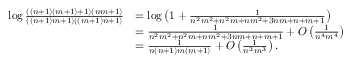
\begin{array} { r l } { \log \frac { ( ( n + 1 ) ( m + 1 ) + 1 ) ( n m + 1 ) } { ( ( n + 1 ) m + 1 ) ( ( m + 1 ) n + 1 ) } } & { = \log \left( 1 + \frac { 1 } { n ^ { 2 } m ^ { 2 } + n ^ { 2 } m + n m ^ { 2 } + 3 n m + n + m + 1 } \right) } \\ & { = \frac { 1 } { n ^ { 2 } m ^ { 2 } + n ^ { 2 } m + n m ^ { 2 } + 3 n m + n + m + 1 } + O \left( \frac { 1 } { n ^ { 4 } m ^ { 4 } } \right) } \\ & { = \frac { 1 } { n ( n + 1 ) m ( m + 1 ) } + O \left( \frac { 1 } { n ^ { 3 } m ^ { 3 } } \right) . } \end{array}